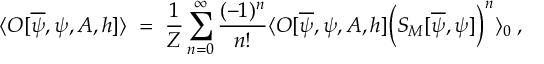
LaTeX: \langle { \cal O } [ \overline { { { \psi } } } , \psi , A , h ] \rangle \; = \; \frac { 1 } { Z } \sum _ { n = 0 } ^ { \infty } \frac { ( - 1 ) ^ { n } } { n ! } \langle { \cal O } [ \overline { { { \psi } } } , \psi , A , h ] \Big ( S _ { M } [ \overline { { { \psi } } } , \psi ] \Big ) ^ { n } \rangle _ { 0 } \; ,